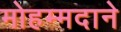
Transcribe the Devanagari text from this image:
मोहम्मदाने